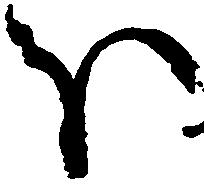
ほ